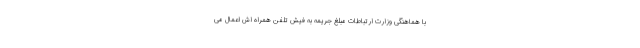
با هماهنگی وزارت ارتباطات مبلغ جریمه به فیش تلفن همراه اش اعمال می